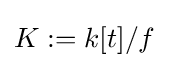
K:=k[t]/f